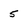
Character: 5